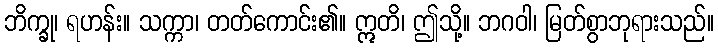
ဘိက္ခု၊ ရဟန်း။ သက္ကာ၊ တတ်ကောင်း၏။ ဣတိ၊ ဤသို့။ ဘဂဝါ၊ မြတ်စွာဘုရားသည်။